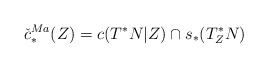
\begin{align*}\check{c}^{Ma}_{*}(Z)=c(T^{*}N|Z)\cap s_{*}(T_{Z}^{*}N) \end{align*}